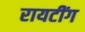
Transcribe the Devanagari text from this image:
रायटींग